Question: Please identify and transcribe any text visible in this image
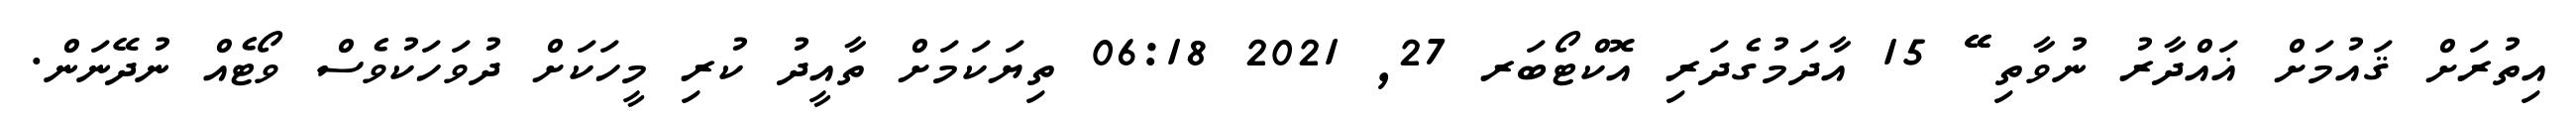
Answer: އިތުރަށް ޤައުމަށް ޣައްދާރު ނުވާތި ޭޭޭ 15 އާދަމުގެދަރި އޮކްޓޯބަރ 27, 2021 06:18 ތިޔަކަމަށް ތާއީދު ކުރި މީހަކަށް ދުވަހަކުވެސް ވޯޓެއް ނުދޭނަން.